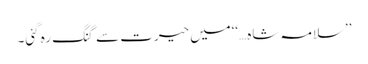
’’سلامہ شاہ…‘‘میں حیرت سے گنگ رہ گئی۔